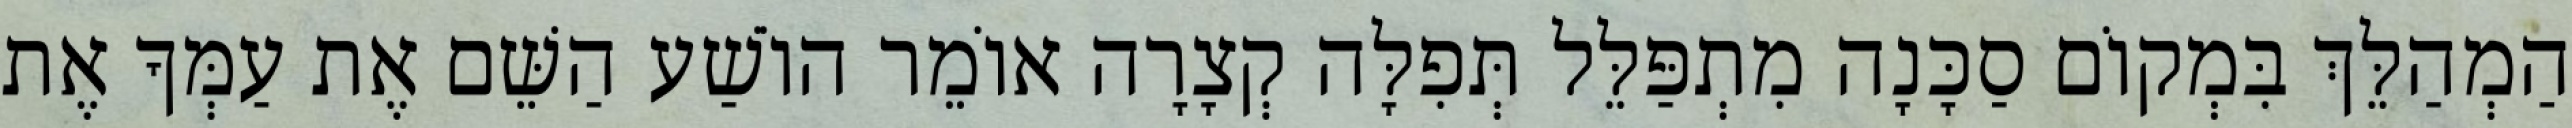
הַמְהַלֵּךְ בִּמְקוֹם סַכָּנָה מִתְפַּלֵּל תְּפִלָּה קְצָרָה אוֹמֵר הוֹשַׁע הַשֵּׁם אֶת עַמְּךָ אֶת